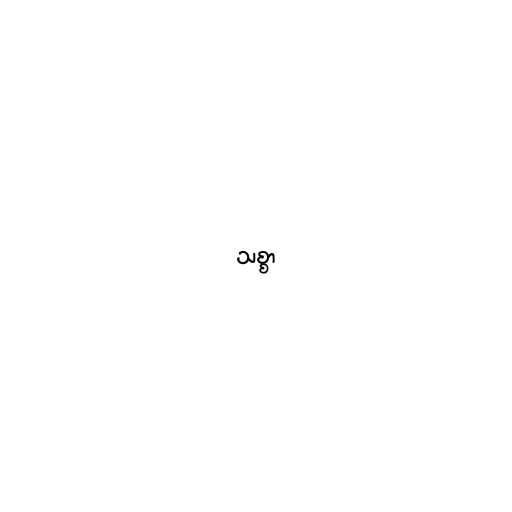
သစ္စာ